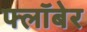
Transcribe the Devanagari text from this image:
फ्लॉबेर